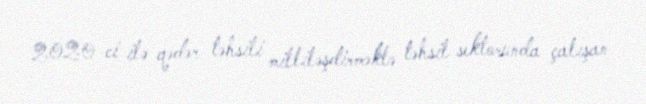
2020-ci ilə qədər təhsili milliləşdirməklə təhsil sektorunda çalışan